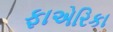
ફાએરિકા